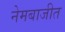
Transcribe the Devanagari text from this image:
नेमबाजीत